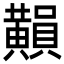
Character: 𪏚